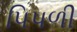
પિપળી